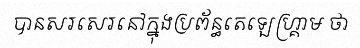
បានសរសេរនៅក្នុងប្រព័ន្ធតេឡេហ្គ្រាម ថា